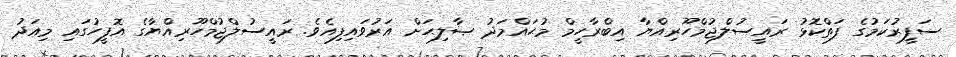
ސަފީރުކަމުގެ ފަތްކޮޅު ރައީސުލްޖުމްހޫރިއްޔާ އިބްރާހީމް މުޙައްމަދު ޞާލިޙަށް އަރުވައިފިއެވެ. ރައީސުލްޖުމްހޫރިއްޔާގެ އޮފީހުގައި މިއަދު